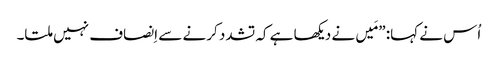
‏ اُس نے کہا:‏ ”‏مَیں نے دیکھا ہے کہ تشدد کرنے سے اِنصاف نہیں ملتا۔